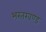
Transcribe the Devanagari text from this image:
भरतखण्ड